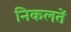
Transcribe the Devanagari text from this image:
निकलतें